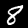
Digit: 8